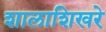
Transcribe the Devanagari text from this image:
शालाशिखरे